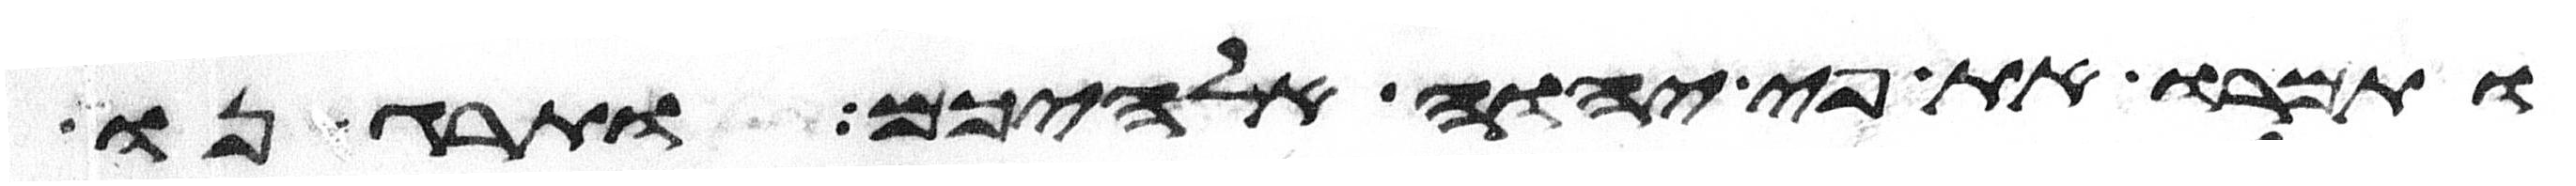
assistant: ותמרו את פי יהוה אלהיכם ותרגנו